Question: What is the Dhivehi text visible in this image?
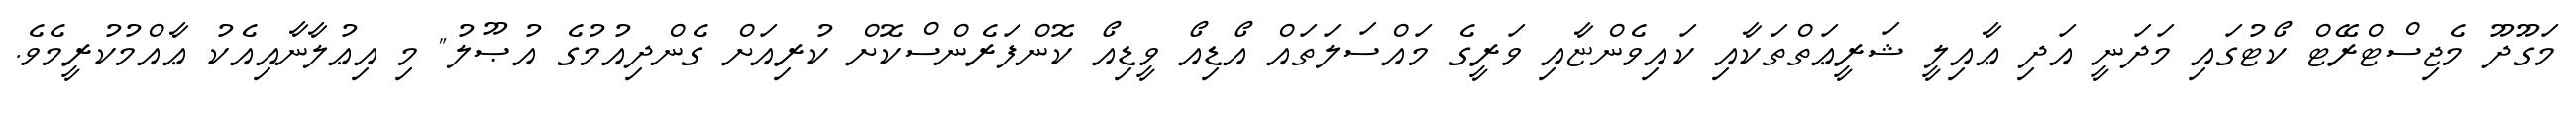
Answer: މަގޫދޫ މެޖިސްޓްރޭޓް ކޯޓުގައި މަދަނީ އަދި ޢާއިލީ ޝަރީޢަތްތަކާއި ކައިވެންޏާއި ވަރީގެ މައްސަލަތައް އޯޑިއޯ ވީޑިއޯ ކޮންފަރެންސްކޮށް ކުރިއަށް ގެންދިއުމުގެ އުޞޫލު" މި އިޢުލާނާއިއެކު ޢާއްމުކުރީމެވެ.